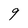
Character: 9